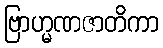
ဗြာဟ္မဏဇာတိကာ